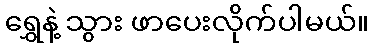
ရွှေနဲ့ သွား ဖာပေးလိုက်ပါမယ်။